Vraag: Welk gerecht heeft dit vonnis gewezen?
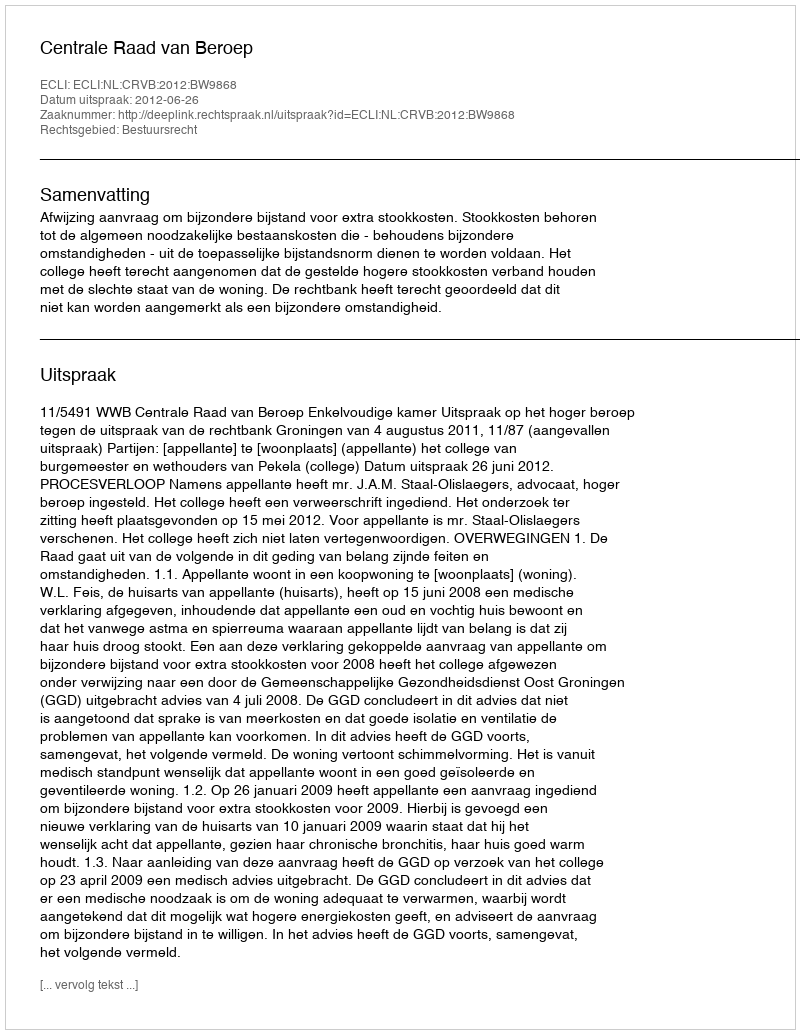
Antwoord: Centrale Raad van Beroep